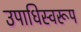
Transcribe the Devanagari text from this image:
उपाधिस्वरूप